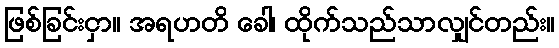
ဖြစ်ခြင်းငှာ။ အရဟတိ ခေါ၊ ထိုက်သည်သာလျှင်တည်း။